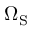
\Omega _ { \mathrm { { S } } }